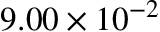
9 . 0 0 \times 1 0 ^ { - 2 }